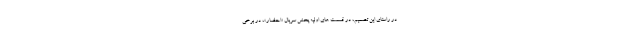
در راستای این تصمیم، در قسمت های اولیه پخش سریال «احضار»، در برخی